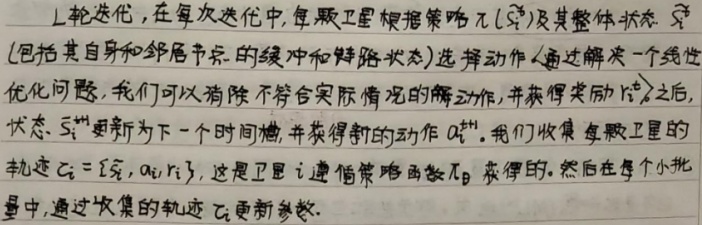
$L$ 轮迭代，在每次迭代中，每颗卫星根据策略 $\pi_{\theta}(s_{i}^{t})$ 及其整体状态 \(s_{i}^{t}\)（包括其自身和邻居节点的缓冲和链路状态）选择动作（通过解决一个线性优化问题，我们可以消除不符合实际情况的解动作，并获得奖励 \(r_{i}^{t}\)），之后，状态 \(s_{i}^{t}\) 更新为下一个时间槽，并获得新的动作 \(a_{i}^{t + 1}\)。我们收集每颗卫星的轨迹 \(\tau_{i}=[s_{i},a_{i},r_{i}]\)，这是卫星 \(i\) 遵循策略函数 \(\pi_{\theta}\) 获得的。然后在每个小批量中，通过收集的轨迹 \(\tau_{i}\) 更新参数。